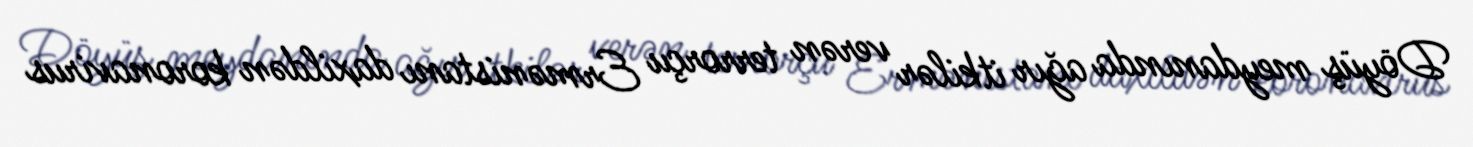
Döyüş meydanında ağır itkilər verən terrorçu Ermənistanı daxildən koronavirus